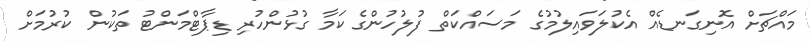
މައްޗަށް އޮނިގަނޑެއް އެކުލަވައިލުމުގެ މަސައްކަތް ފުލުހުންގެ ކަމާ ގުޅުންހުރި ޑިޕާޓްމަންޓު ތަކުން ކުރުމަށް